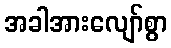
အခါအားလျော်စွာ